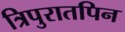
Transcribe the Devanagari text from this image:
त्रिपुरातपिन